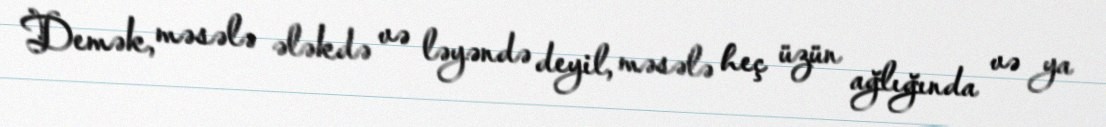
Demək, məsələ ələkdə və ləyəndə deyil, məsələ heç üzün ağlığında və ya